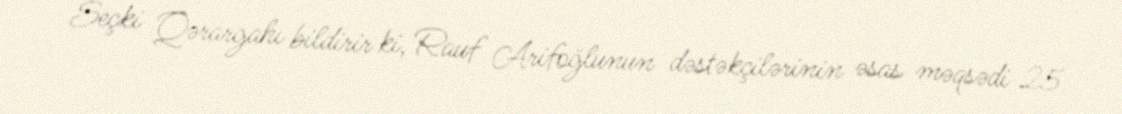
Seçki Qərargahı bildirir ki, Rauf Arifoğlunun dəstəkçilərinin əsas məqsədi 25